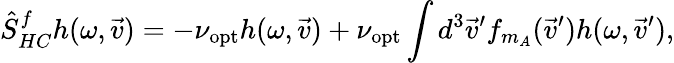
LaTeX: \hat{S}_{HC}^{f}h(\omega,\vec{v})=-\nu_{\mathrm{opt}}h(\omega,\vec{v})+\nu_{\mathrm{opt}}\int d^{3}\vec{v}^{\prime}f_{m_{A}}(\vec{v}^{\prime})h(\omega,\vec{v}^{\prime}),